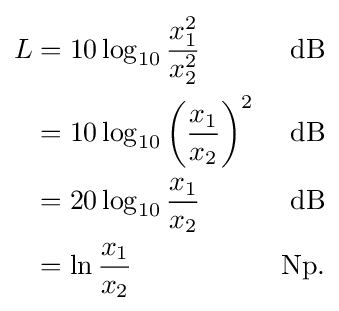
{\begin{aligned}L&=10\log _{10}{\frac {x_{1}^{2}}{x_{2}^{2}}}&{\text{dB}}\\&=10\log _{10}{\left({\frac {x_{1}}{x_{2}}}\right)}^{2}&{\text{dB}}\\&=20\log _{10}{\frac {x_{1}}{x_{2}}}&{\text{dB}}\\&=\ln {\frac {x_{1}}{x_{2}}}&{\text{Np}}.\\\end{aligned}}